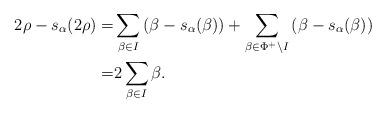
LaTeX: \begin{align*}2\rho - s_\alpha(2\rho) = &\sum_{\beta \in I} \left(\beta - s_\alpha(\beta)\right) + \sum_{\beta\in \Phi^+\setminus I} \left(\beta-s_\alpha(\beta)\right)\\=&2\sum_{\beta\in I} \beta.\end{align*}